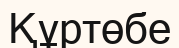
Құртөбе